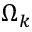
\Omega _ { k }